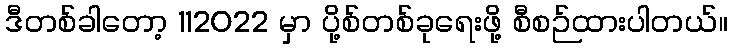
ဒီတစ်ခါတော့ 112022 မှာ ပို့စ်တစ်ခုရေးဖို့ စီစဉ်ထားပါတယ်။